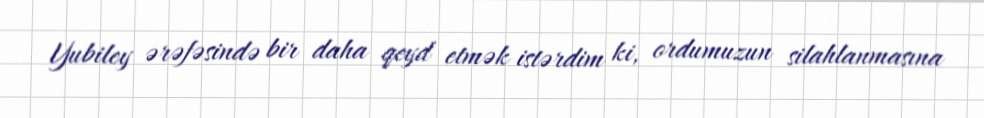
Yubiley ərəfəsində bir daha qeyd etmək istərdim ki, ordumuzun silahlanmasına